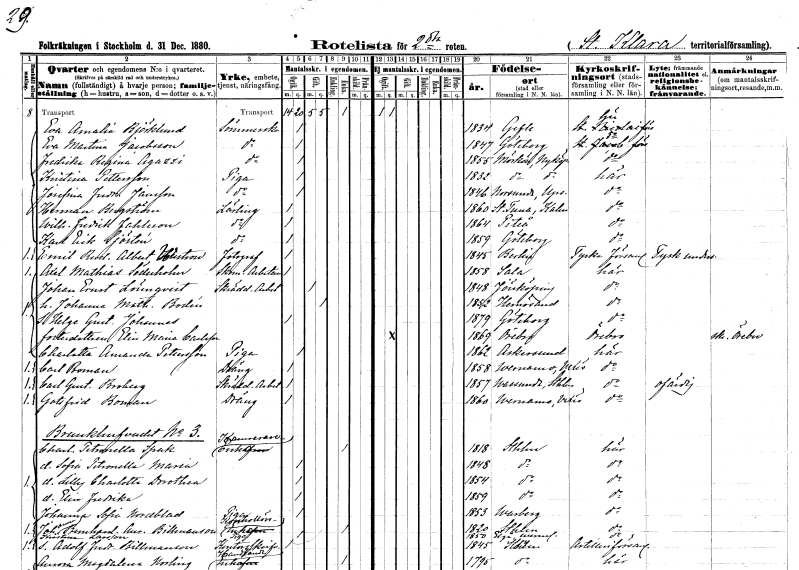
gt_parse: households: individuals: FN: Eva Amalia
EN: Björklund
YRKE: Sömmerska
KON: K
CIV: O
FODAR: 1834
FODFORS: Gävle Gävleborgs län
FN: Eva Martina
EN: Jacobsson
YRKE: Sömmerska
KON: K
CIV: O
FODAR: 1847
FODFORS: Göteborg Göteborgs- och Bohuslän
FN: Fredrika Regina
EN: Agazzi
YRKE: Sömmerska
KON: K
CIV: O
FODAR: 1855
FODFORS: Mörkö Stockholms län
FN: Kristina
EN: Pettersson
YRKE: Piga
KON: K
CIV: O
FODAR: 1832
FODFORS: Mörkö Stockholms län
FN: Josefina Fredrika
EN: Jansson
YRKE: Piga
KON: K
CIV: O
FODAR: 1846
FODFORS: Norrsunda Stockholms län
FN: Herman
EN: Bergström
YRKE: Lärling
KON: M
CIV: O
FODAR: 1860
FODFORS: Tuna Kalmar län
FN: Wilhelm Fredrik
EN: Fahleson
YRKE: Lärling
KON: M
CIV: O
FODAR: 1864
FODFORS: Piteå Norrbottens län
FN: Karl Erik
EN: Sjösten
YRKE: Lärling
KON: M
CIV: O
FODAR: 1859
FODFORS: Göteborg Göteborgs- och Bohuslän
FN: Emil Rudolf Albert
EN: Wustrow
YRKE: Fotograf
KON: M
CIV: O
FODAR: 1845
FN: Axel Mathias
EN: Söderholm
YRKE: Skomakeriarbetare
KON: M
CIV: O
FODAR: 1858
FODFORS: Sala Västmanlands län
FN: Johan Ernst
EN: Lönnqvist
YRKE: Skrädderiarbetare
KON: M
CIV: G
FODAR: 1848
FODFORS: Jönköping Jönköpings län
FN: Johanna Mathilda
EN: Bodén
KON: K
CIV: G
FODAR: 1852
FODFORS: Härnösand Västernorrlands län
FN: Helge Gustaf Johannes
KON: M
CIV: O
FODAR: 1879
FODFORS: Göteborg Göteborgs- och Bohuslän
FN: Elin Maria
EN: Carlsson
KON: K
CIV: O
FODAR: 1869
FODFORS: Örebro Örebro län
FN: Charlotta Amanda
EN: Pettersson
YRKE: Piga
KON: K
CIV: O
FODAR: 1862
FODFORS: Askersund Örebro län
FN: Carl
EN: Boman
YRKE: Dräng
KON: M
CIV: O
FODAR: 1858
FODFORS: Värnamo Jönköpings län
FN: Carl Gustaf
EN: Broberg
YRKE: Skrädderiarbetare
KON: M
CIV: O
FODAR: 1857
FODFORS: Vassunda Uppsala län
FN: Gottfrid
EN: Boman
YRKE: Dräng
KON: M
CIV: O
FODAR: 1860
FODFORS: Värnamo Jönköpings län